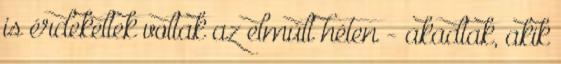
is érdekeltek voltak az elmúlt héten - akadtak, akik